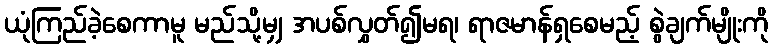
ယုံကြည်ခဲ့စေကာမူ မည်သို့မျှ အပစ်လွှတ်၍မရ၊ ရာဇမာန်ရှစေမည့် စွဲချက်မျိုးကို